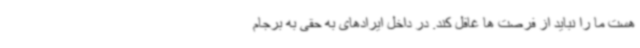
هست ما را نباید از فرصت ها غافل کند. در داخل ایرادهای به حقی به برجام